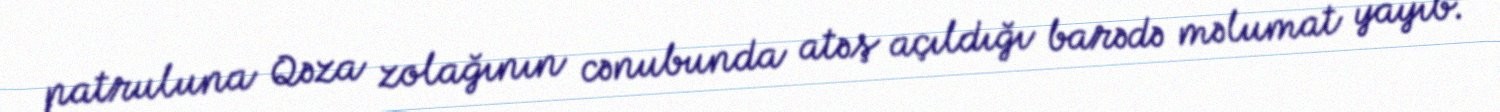
patruluna Qəza zolağının cənubunda atəş açıldığı barədə məlumat yayıb.